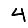
Digit: 4